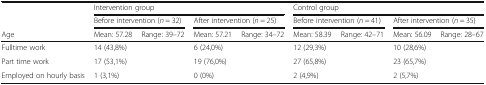
|  | <COLSPAN=4> Intervention group | <COLSPAN=4> Control group |
 |  | <COLSPAN=2> Before intervention (n = 32) | <COLSPAN=2> After intervention (n = 25) | <COLSPAN=2> Before intervention (n = 41) | <COLSPAN=2> After intervention (n = 35) |
 | Age | Mean: 57.28 | Range: 39–72 | Mean: 57.21 | Range: 34–72 | Mean: 58.39 | Range: 42–71 | Mean: 56.09 | Range: 28–67 |
 | --- | --- | --- | --- | --- | --- | --- | --- | --- |
 | Fulltime work | <COLSPAN=2> 14 (43,8%) | <COLSPAN=2> 6 (24,0%) | <COLSPAN=2> 12 (29,3%) | <COLSPAN=2> 10 (28,6%) |
 | Part time work | <COLSPAN=2> 17 (53,1%) | <COLSPAN=2> 19 (76,0%) | <COLSPAN=2> 27 (65,8%) | <COLSPAN=2> 23 (65,7%) |
 | Employed on hourly basis | <COLSPAN=2> 1 (3,1%) | <COLSPAN=2> 0 (0%) | <COLSPAN=2> 2 (4,9%) | <COLSPAN=2> 2 (5,7%) |